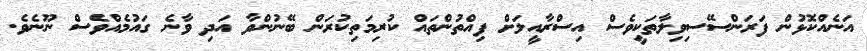
އަނެއްކޮޅުން ފަރަންސޭސިވިލާތަކީވެސް އިސްރާއީލަށް ފިއްތުންތައް ކުރިމަތިކުރަން ބޭނުންވާ އަދި ވާނެ ގައުމެއްވެސް ނޫނެވެ.